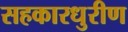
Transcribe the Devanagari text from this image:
सहकारधुरीण